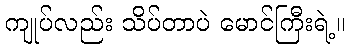
ကျုပ်လည်း သိပ်တာပဲ မောင်ကြီးရဲ့။